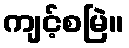
ကျင့်စမြဲ။